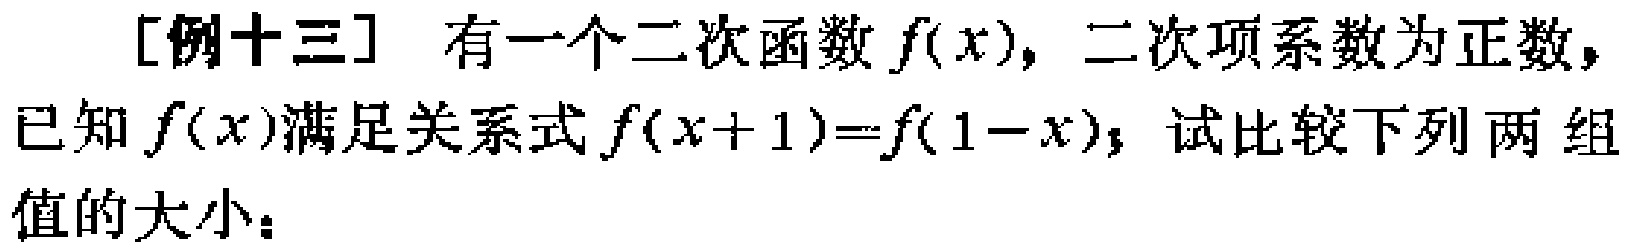
[例十三] 有一个二次函数\(f(x)\)，二次项系数为正数，已知\(f(x)\)满足关系式\(f(x + 1)=f(1 - x)\)，试比较下列两组值的大小：